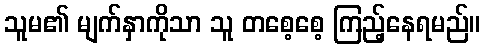
သူမ၏ မျက်နှာကိုသာ သူ တစေ့စေ့ ကြည့်နေရမည်။